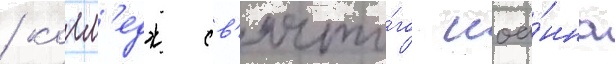
/ колл'едж св'ято́го иоа́нна